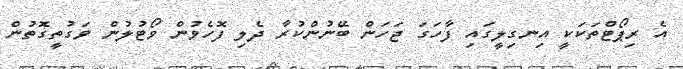
އެ ރިޕޯޓްތަކަކީ އިނގިލީގައި ފާހަގަ ޖަހަން ބޭނުންކުރާ ދެލި ފޮހެވުން ވޯޓުލުން ވަގުތީގޮތުން